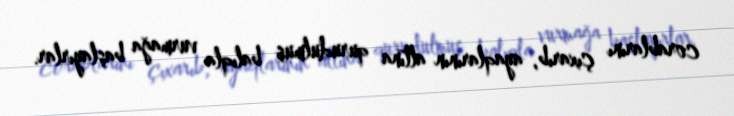
corablarını çıxarıb, ayaqlarının altına qurudulmuş balıqla vurmağa başlayırlar.